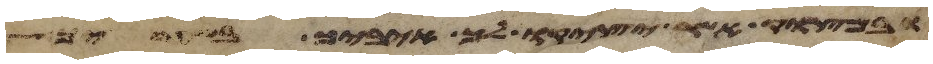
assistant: ובמצוק אשר יציקו לך איביך בשעריך